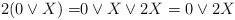
LaTeX: \begin{align*} 2(0\vee X)=&0\vee X \vee 2X = 0\vee 2X \end{align*}